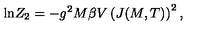
\mathrm { l n } Z _ { 2 } = - g ^ { 2 } M \beta V \left( J ( M , T ) \right) ^ { 2 } ,